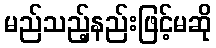
မည်သည့်နည်းဖြင့်မဆို